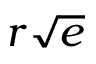
r \sqrt { e }